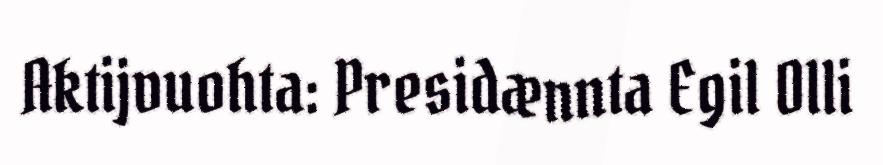
Aktijvuohta: Presidænnta Egil Olli